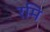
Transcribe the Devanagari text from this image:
रमि